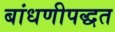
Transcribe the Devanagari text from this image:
बांधणीपद्धत